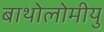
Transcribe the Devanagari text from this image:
बाथोलोमीयु